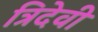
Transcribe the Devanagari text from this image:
त्रिदेवी